Malaria in the Andamans - Number 56
Disease focus: Malaria
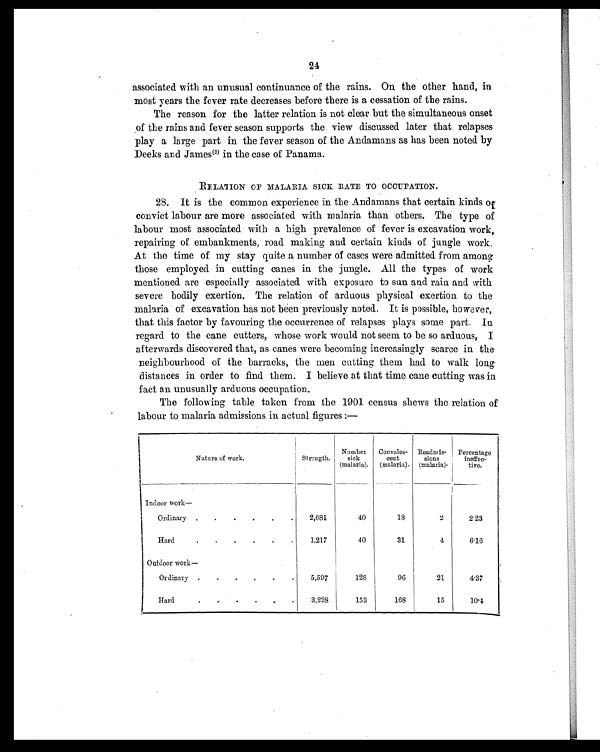
24
associated with an unusual continuance of the rains. On the other hand, in
most years the fever rate decreases before there is a cessation of the rains.
The reason for the latter relation is not clear but the simultaneous onset
of the rains and fever season supports the view discussed later that relapses
play a large part in the fever season of the Andamans as has been noted by
Deeks and James (2)i n t h e c a s e o f P a n a m a .
RELATION OF MALARIA SICK RATE TO OCCUPATION.
28. It is the common experience in the Andamans that certain kinds of
convict labour are more associated with malaria than others. The type of
labour most associated with a high prevalence of fever is excavation work,.
repairing of embankments, road making and certain kinds of jungle work.
At the time of my stay quite a number of cases were admitted from among
those employed in cutting canes in the jungle. All the types of work
mentioned are especially associated with exposure to sun and rain and with
severe bodily exertion. The relation of arduous physical exertion to the
malaria of excavation has not been previously noted. It is possible, however,
that this factor by favouring the occurrence of relapses plays some part. In
regard to the cane cutters, whose work would not seem to be so arduous, I
afterwards discovered that, as canes were becoming increasingly scarce in the
neighbourhood of the barracks, the men cutting them had to walk long
distances in order to find them. I believe at that time cane cutting was in
fact an unusually arduous occupation.
The following table taken from the 1901 census shews the relation of
labour to malaria admissions in actual figures :—
Nature of work.
Strength.
Number
sick
(malaria).
Convales-
cent
(malaria).
Readmis-
sions
(malaria).
Percentage
ineffec-
tive.
Indoor work
—
Ordinary .
.
.
.
.
.
2,681
40
18
2
2.23
Hard
.
. . . . .
1,217
40
31
4
6 . 1 6
Outdoor work—
Ordinary
.
. . . . .
5,597
128
96
21
4.37
Hard
. . . . . .
3,228
153
168
15
10.4